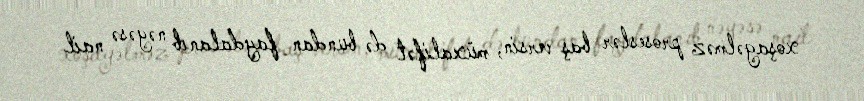
xoşagəlməz proseslər baş versin, müxalifət də bundan faydalanıb nəyəsə nail